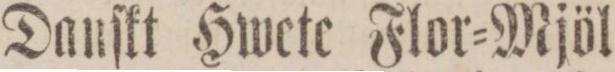
Danſkt Hwete Flor=Mjöl